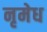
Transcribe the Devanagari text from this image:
नृमेध